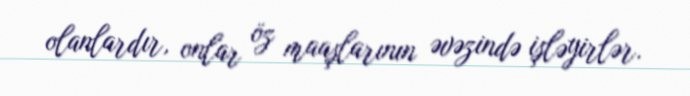
olanlardır, onlar öz maaşlarının əvəzində işləyirlər.